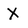
Character: X